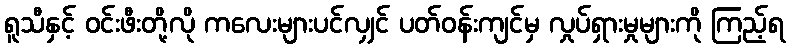
ရူသီနှင့် ဝင်းဖီးတို့လို ကလေးများပင်လျှင် ပတ်ဝန်းကျင်မှ လှုပ်ရှားမှုများကို ကြည့်ရ